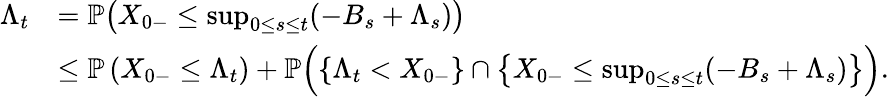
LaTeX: \begin{array}{rl}{\Lambda_{t}}&{=\mathbb{P}\big(X_{0-}\le\operatorname*{sup}_{0\le s\le t}(-B_{s}+\Lambda_{s})\big)}\\ &{\le\mathbb{P}\left(X_{0-}\le\Lambda_{t}\right)+\mathbb{P}\Big(\{ \Lambda_{t}<X_{0-}\} \cap\big\{ X_{0-}\le\operatorname*{sup}_{0\le s\le t}(-B_{s}+\Lambda_{s})\big\} \Big).}\end{array}